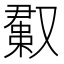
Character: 𫩊